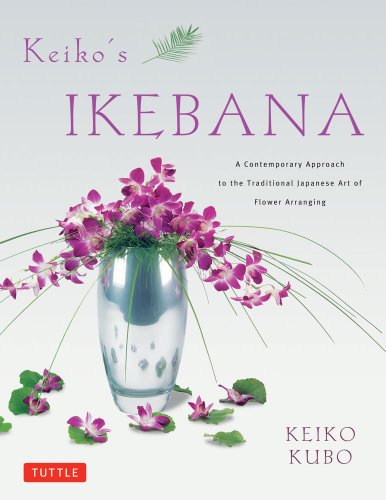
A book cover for Keiko's Ikebana: A Contemporary Approach to the Traditional Japanese Art of Flower Arranging; Keiko Kubo; Crafts, Hobbies & Home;